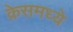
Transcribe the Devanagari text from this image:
क्रेसमध्ये